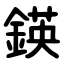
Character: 鍈